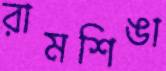
রামশিঙা